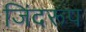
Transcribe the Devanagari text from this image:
जिंदरूप